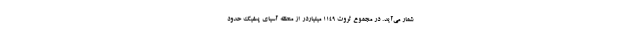
شمار می‌آید. در مجموع ثروت 1149 میلیاردر از منطقه آسیای پسفیک حدود